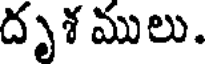
దృశ ములు.